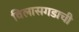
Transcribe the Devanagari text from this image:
विलासगडाची